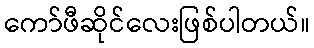
ကော်ဖီဆိုင်လေးဖြစ်ပါတယ်။